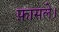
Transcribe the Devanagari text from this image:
फ़ासले।